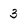
Character: 3